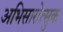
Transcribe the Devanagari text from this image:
अभिसारोत्सुक